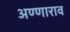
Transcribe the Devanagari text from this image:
अण्णाराव